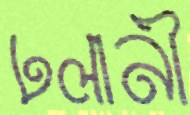
ঢলানী